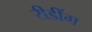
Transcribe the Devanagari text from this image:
रीडींग